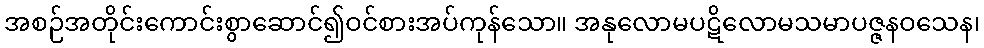
အစဉ်အတိုင်းကောင်းစွာဆောင်၍ဝင်စားအပ်ကုန်သော။ အနုလောမပဋိလောမသမာပဇ္ဇနဝသေန၊